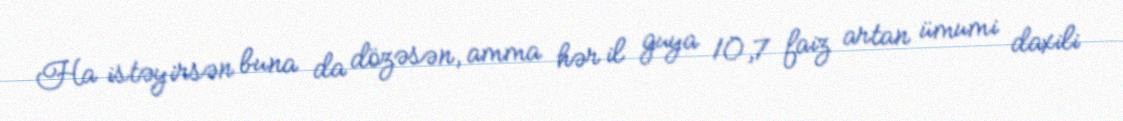
Ha istəyirsən buna da dözəsən, amma hər il guya 10,7 faiz artan ümumi daxili